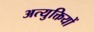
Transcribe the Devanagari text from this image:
अत्युक्तियों